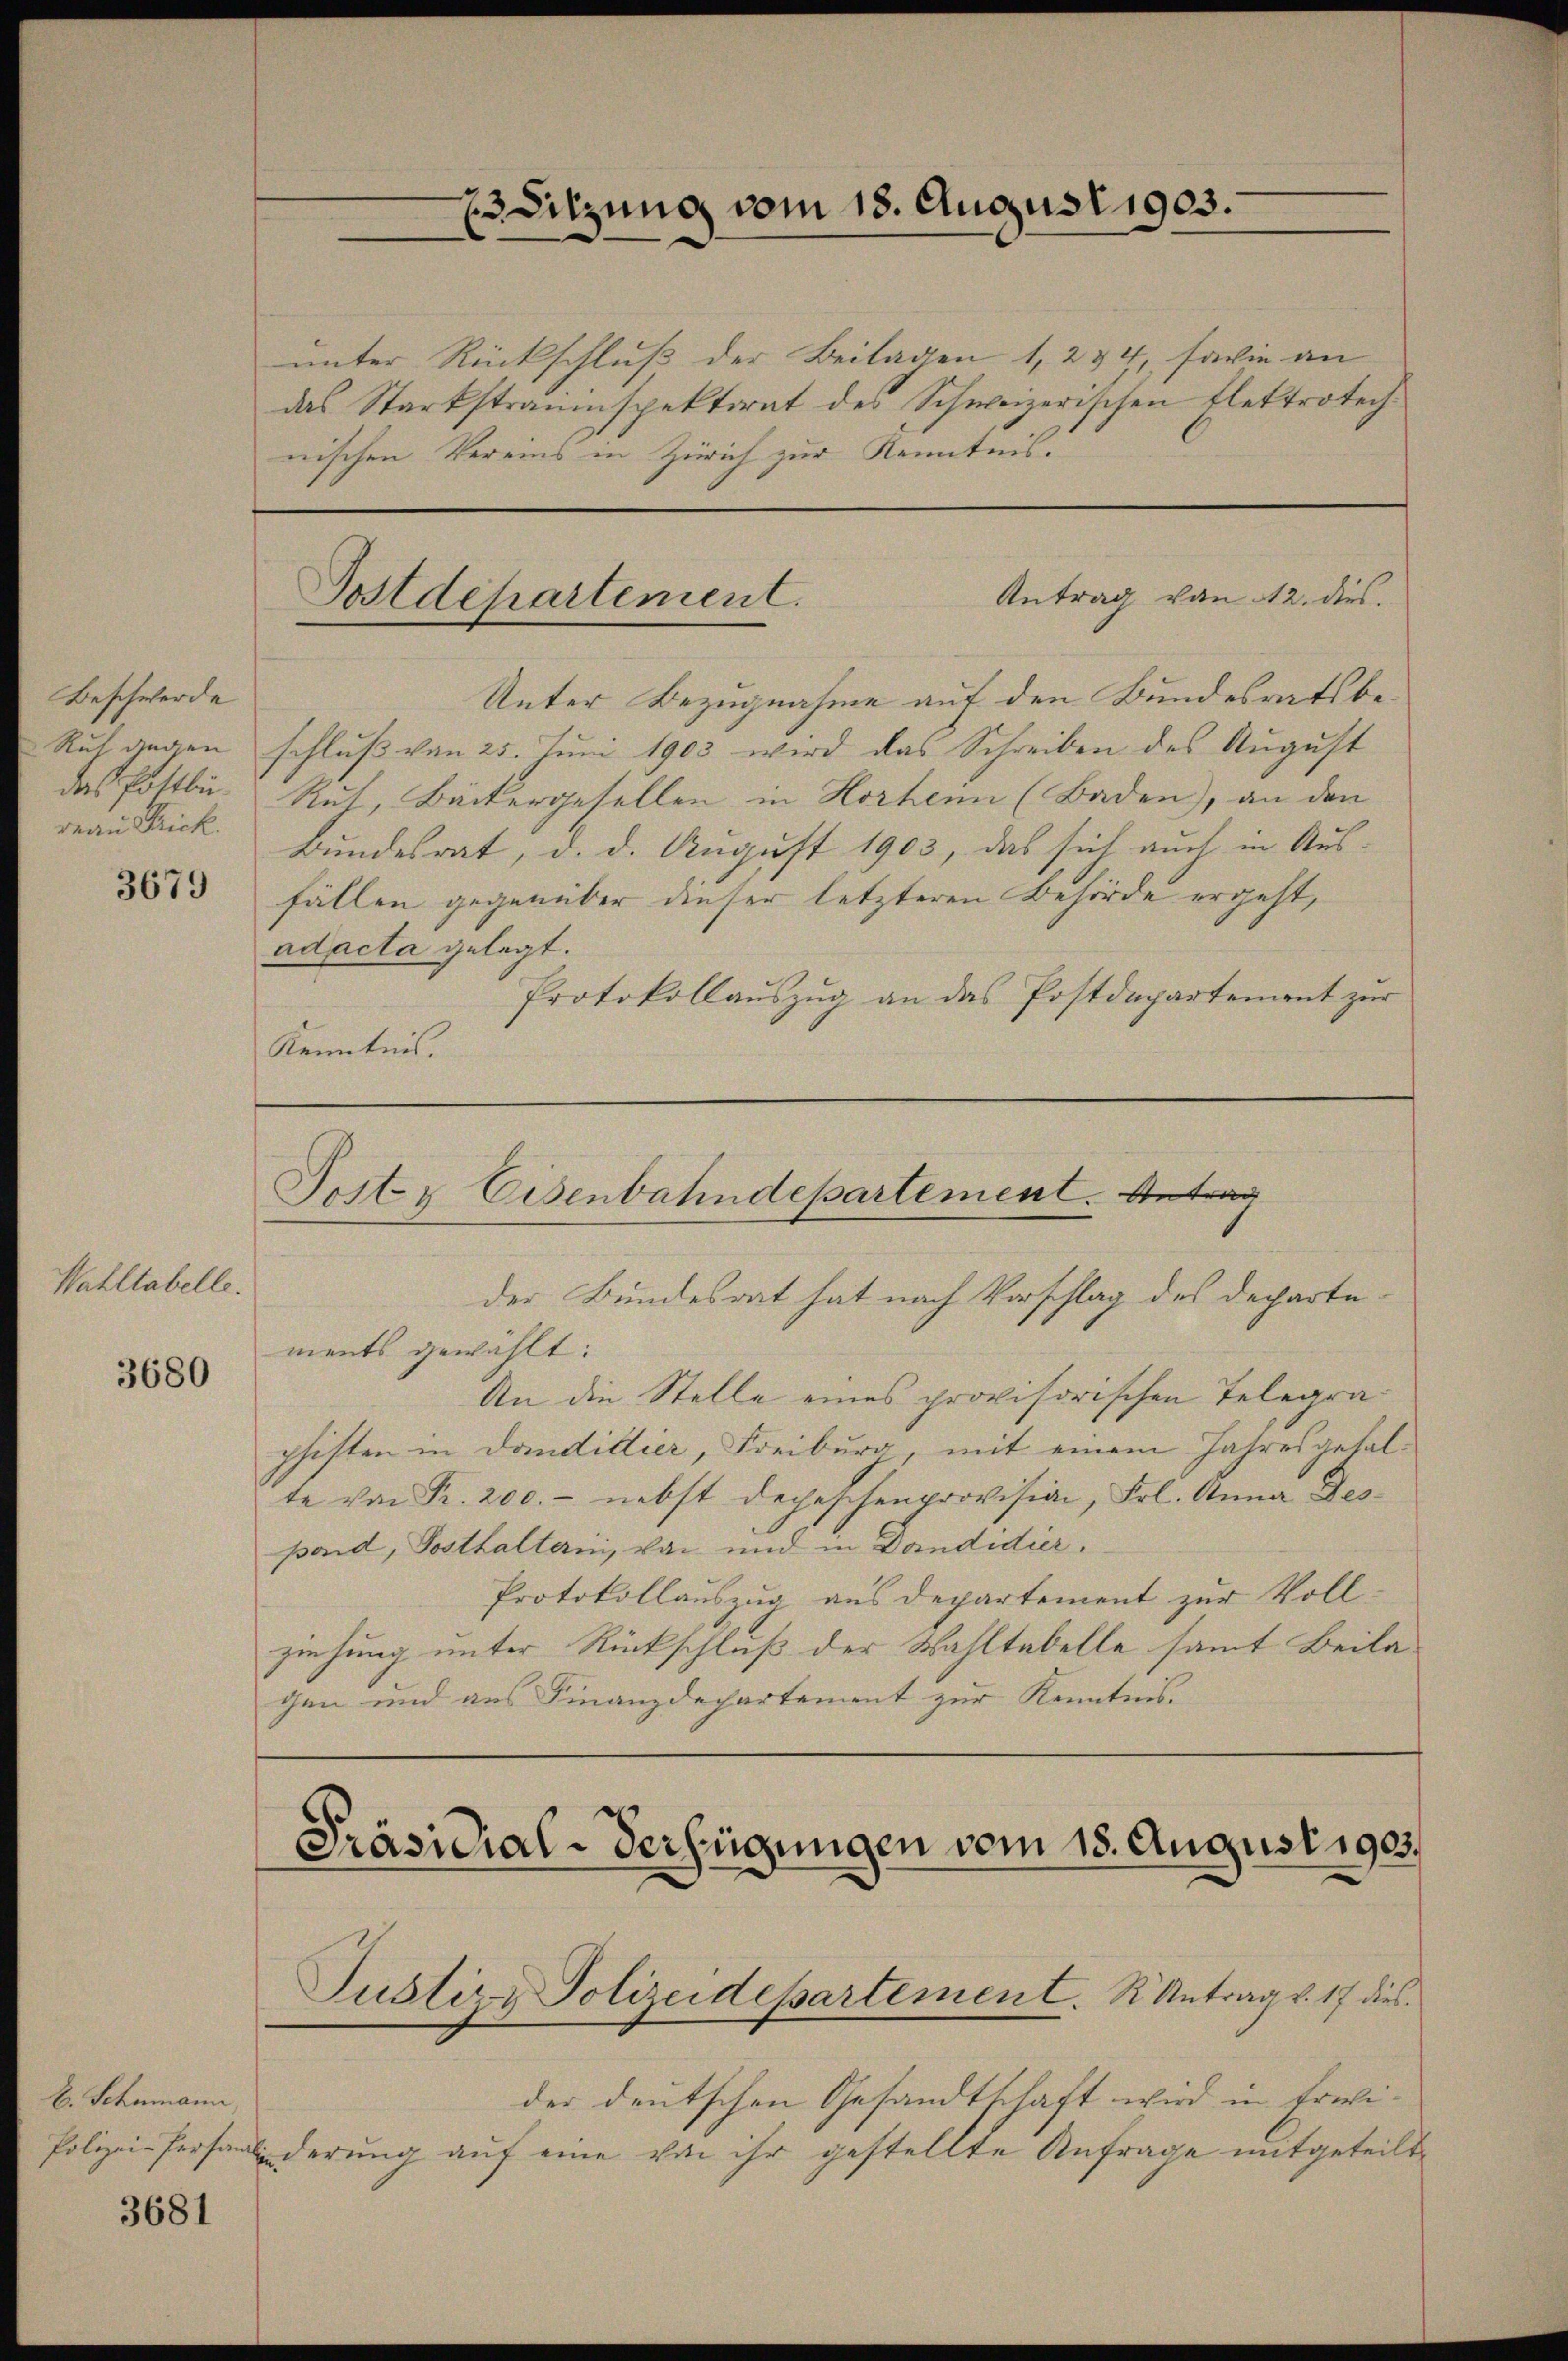
Beschwerde
Ruh gegen
das Pottbu
reau Frick.

3679

Wahltabelle.

3680

E. Schumann,
Polizei-Persaml

3681

ESitzung vom 18. August 1903.

unter Rückschluß der Beilagen 1, 234, sowie an
das Starkstraumspektorat des Schweizerischen Flektrotechnischen Vereins in Zürich zur Kenntnis.

Unter Bezugnahme auf den Bundesratsbeschluß von 25. Juni 1903 wird das Schreiben des August
Rut, Bäckergesellen in Horheim (Baden), an den
Bundesrat, d. d. August 1903, das sich auch in Aus-
fällen gegenüber dieser letzteren Behörde ergeht,
ad acta gelegt.
Protokollauszug an das Postdepartement zur
Kenntnis.

Antrag von 12. dies
Postdepartement.

Post & Eisenbahndepartement. Antrag
der Bundesrat hat nach Vorschlag des Departe¬

ments gewählt:
An die Stelle eines provisorischen Telegraphiften in dandillier, Freiburg, mit einem Jahresgefalte von Fr. 200.- nebst depeschenprovision, Frl. Anna Despand, Gosthalterin, von und in Dandidier.
Protokollauszug aus Departement zur Voll-
ziehung unter Rückschluß der Wahltabelle samt Beila
gen und aus Finanzdepartement zur Kenntnis.

Präsidial-Verfügungen vom 15. August 1905.

der deutschen Gesandtschaft wird in Erwiinderung auf eine von ihr gestellte Anfrage mitgeteilt

Justizz Polizeidepartement. K. Antrag v. 17 dies